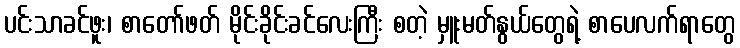
ပင်းသာခင်ဖူး၊ စာတော်ဖတ် မိုင်းခိုင်းခင်လေးကြီး စတဲ့ မှူးမတ်နွယ်တွေရဲ့ စာပေလက်ရာတွေ